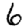
Digit: 6